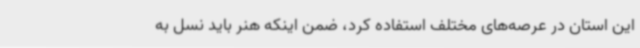
این استان در عرصه‌های مختلف استفاده کرد، ضمن اینکه هنر باید نسل به